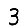
Digit: 3